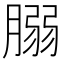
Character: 䐞